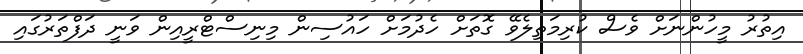
އިތުރު މީހުންނަށް ވެސް ކުރިމަތިލެވޭ ގޮތަށް ހެދުމަށް ހައުސިން މިނިސްޓްރީއިން ވަނީ ދަފްތަރުގައި